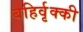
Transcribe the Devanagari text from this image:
बहिर्वृक्की